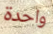
واحدة